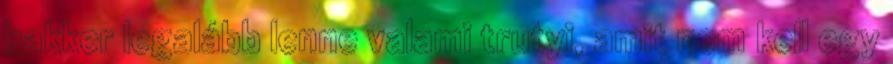
bakker legalább lenne valami trutyi, amit nem kell egy